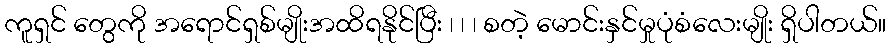
ကူရှင် တွေကို အရောင်ရှစ်မျိုးအထိရနိုင်ပြီး ၊ ၊ ၊ စတဲ့ မောင်းနှင်မှုပုံစံလေးမျိုး ရှိပါတယ်။